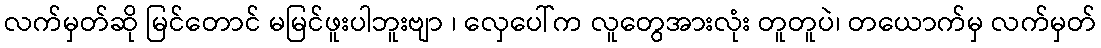
လက်မှတ်ဆို မြင်တောင် မမြင်ဖူးပါဘူးဗျာ ၊ လှေပေါ်က လူတွေအားလုံး တူတူပဲ၊ တယောက်မှ လက်မှတ်